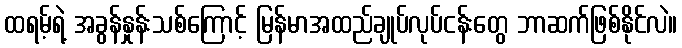
ထရမ့်ရဲ့ အခွန်နှုန်းသစ်ကြောင့် မြန်မာအထည်ချုပ်လုပ်ငန်းတွေ ဘာဆက်ဖြစ်နိုင်လဲ။